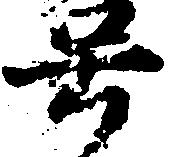
号